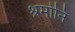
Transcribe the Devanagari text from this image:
श्रमोनि